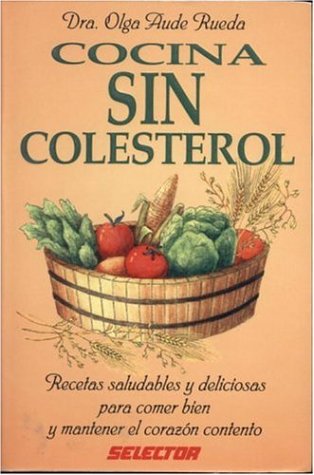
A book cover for Cocina sin colesterol; Olga Dra. Aude Rueda; Cookbooks, Food & Wine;